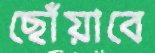
ছোঁয়াবে